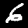
Digit: 6